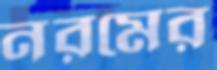
নরমের